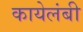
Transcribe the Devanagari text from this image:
कायेलंबी